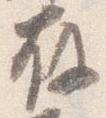
存